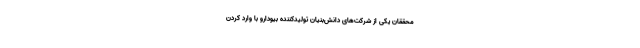
محققان یکی از شرکت‌های دانش‌بنیان تولیدکننده بیودارو با وارد کردن